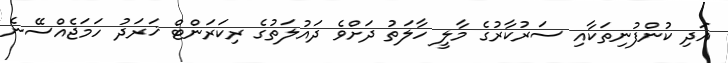
އަދި ކުންފުނިތަކާއި ސަރުކާރުގެ މާލީ ހާލަތު ދަށްވެ ދައުލަތުގެ ރިކަރަންޓް ޚަރަދު ހަމަޖެއްސޭނެ